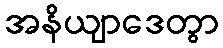
အနိယျာဒေတွာ